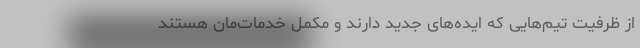
از ظرفیت تیم‌هایی که ایده‌‌های جدید دارند و مکمل خدمات‌مان هستند